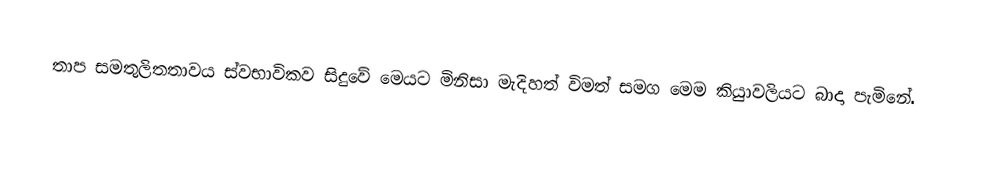
තාප සමතුලිතතාවය ස්වභාවිකව සිදුවේ මෙයට මිනිසා මැදිහත් විමත් සමග මෙම කිුයාවලියට බාදා පැමිනේ.